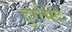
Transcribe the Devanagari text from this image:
दुर्गभेद